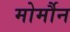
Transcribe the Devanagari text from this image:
मोर्मौन